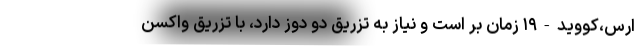
ارس،کووید-۱۹ زمان بر است و نیاز به تزریق دو دوز دارد، با تزریق واکسن